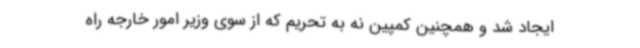
ایجاد شد و همچنین کمپین نه به تحریم که از سوی وزیر امور خارجه راه